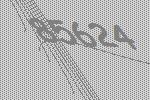
85624